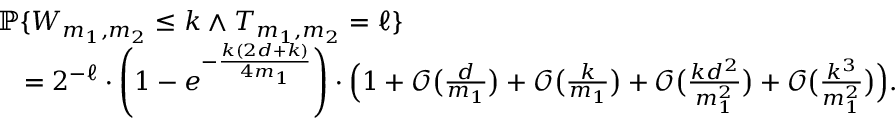
\begin{array} { r l } & { { \mathbb { P } } \{ W _ { m _ { 1 } , m _ { 2 } } \le k \wedge T _ { m _ { 1 } , m _ { 2 } } = \ell \} } \\ & { \quad = 2 ^ { - \ell } \cdot \left( 1 - e ^ { - \frac { k ( 2 d + k ) } { 4 m _ { 1 } } } \right) \cdot \Big ( 1 + \mathcal { O } \big ( \textstyle { \frac { d } { m _ { 1 } } } \big ) + \mathcal { O } \big ( \textstyle { \frac { k } { m _ { 1 } } } \big ) + \mathcal { O } \big ( \textstyle { \frac { k d ^ { 2 } } { m _ { 1 } ^ { 2 } } } \big ) + \mathcal { O } \big ( \textstyle { \frac { k ^ { 3 } } { m _ { 1 } ^ { 2 } } } \big ) \Big ) . } \end{array}